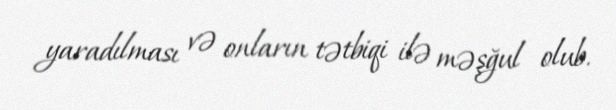
yaradılması və onların tətbiqi ilə məşğul olub.